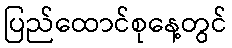
ပြည်ထောင်စုနေ့တွင်